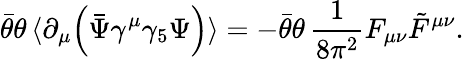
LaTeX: \bar{\theta}\theta\, \langle\partial_{\mu}\Big(\bar{\Psi}\gamma^{\mu}\gamma_{5}\Psi\Big)\rangle=-\bar{\theta}\theta\, \frac{1}{8\pi^{2}}F_{\mu\nu}\tilde{F}^{\mu\nu}.